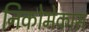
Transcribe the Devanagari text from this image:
निकोमेकास